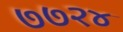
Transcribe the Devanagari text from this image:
७७२४